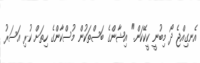
އެނގިއްޖެ ދޯ މިބުނީ ކީކޭކަން." އިޝާންގެ ބަސްތަކުން މުސްކާންގެ ހިތަށް ކުރި އަސަރު